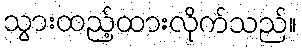
သွားထည့်ထားလိုက်သည်။